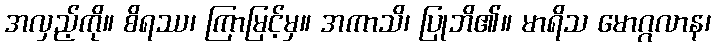
အလှည့်ကို။ စိရဿ၊ ကြာမြင့်မှ။ အကာသိ၊ ပြုဘိ၏။ မာရိသ မောဂ္ဂလာန၊